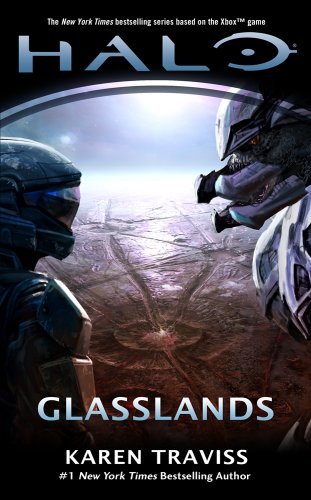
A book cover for Halo: Glasslands; Karen Traviss; Science Fiction & Fantasy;